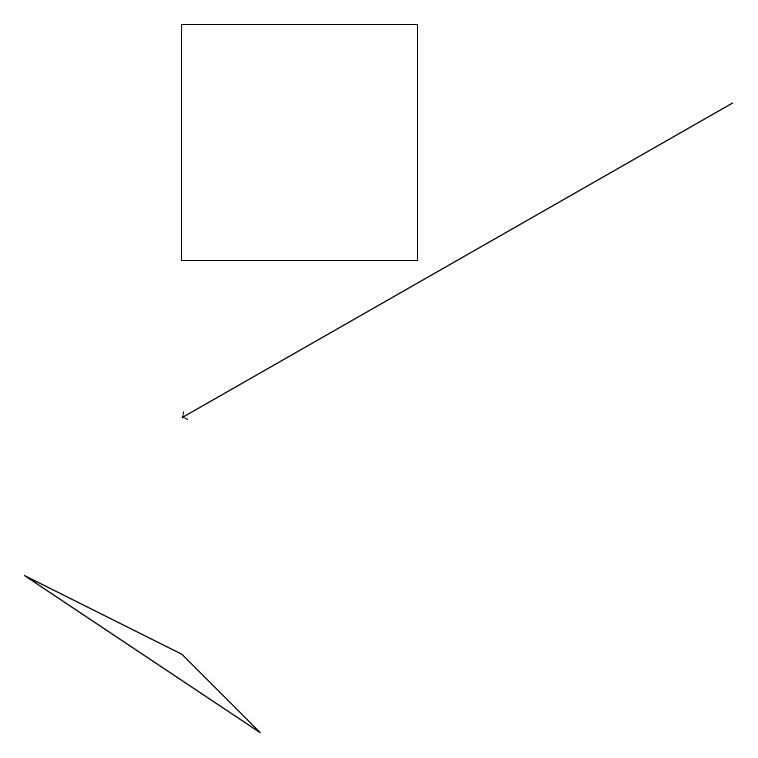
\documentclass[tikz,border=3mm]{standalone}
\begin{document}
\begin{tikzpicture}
\draw (2,8) -- (3,7) -- (0,9) -- cycle;
\draw (2,16) rectangle (5,13);
\draw[->] (9,15) -- (2,11);
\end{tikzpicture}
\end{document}